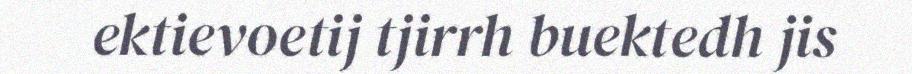
ektievoetij tjirrh buektedh jis